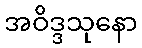
အဝိဒ္ဒသုနော